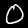
Digit: 0